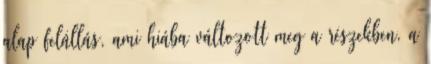
alap felállás, ami hiába változott meg a részekben, a